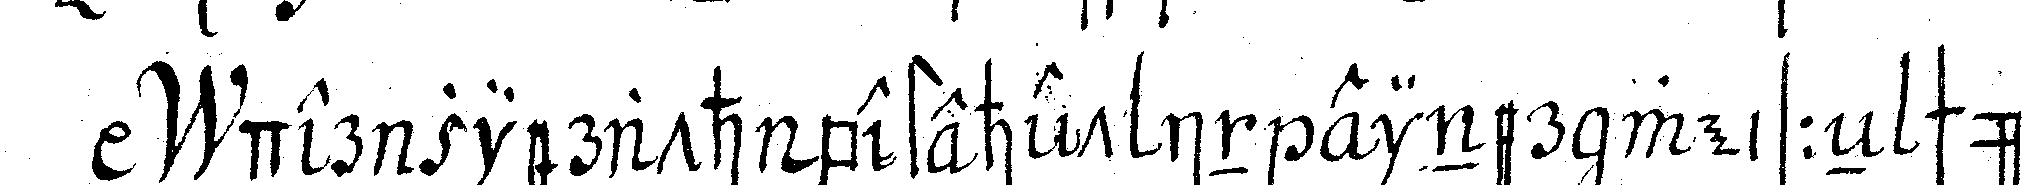
der zierath bestehet in einer weisseN schürt